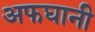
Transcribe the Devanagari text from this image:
अफघानी